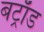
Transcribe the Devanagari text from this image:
बट्राँड